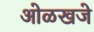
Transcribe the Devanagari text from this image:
ओळखजे